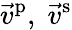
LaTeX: \vec{v}^{\mathrm{p}},\; \vec{v}^{\mathrm{s}}